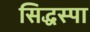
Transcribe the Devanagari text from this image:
सिद्धस्पा